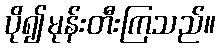
ပို၍မုန်းတီးကြသည်။